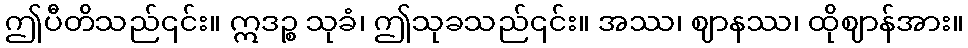
ဤပီတိသည်၎င်း။ ဣဒဉ္စ သုခံ၊ ဤသုခသည်၎င်း။ အဿ၊ ဈာနဿ၊ ထိုဈာန်အား။